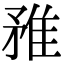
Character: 𨾣